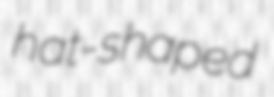
hat-shaped